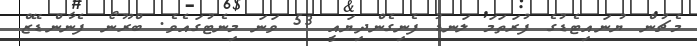
މެޗުން ޔުނައިޓެޑުގެ ފުރަތަމަ ލަނޑު ފެނިގެންދިޔައީ 53 ވަނަ މިނެޓުގައެވެ. ބްރޫނޯ ފެނާންޑޭޒް